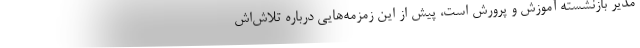
مدیر بازنشسته آموزش و پرورش است، پیش از این زمزمه‌هایی درباره تلاش‌اش